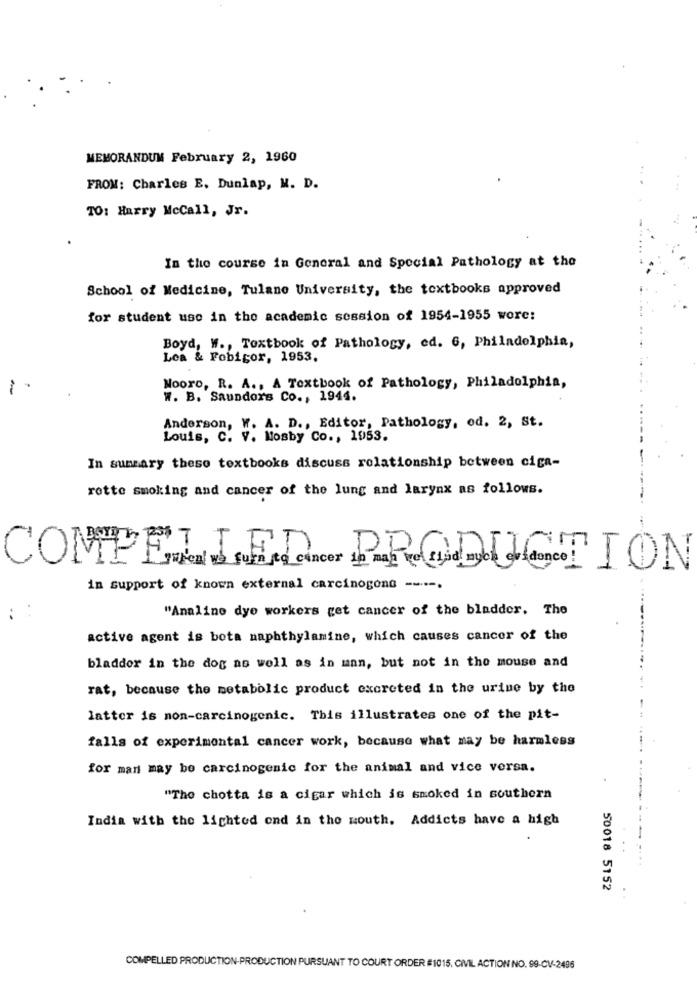
MEMORANDUM February 2, 1960
FROM: Charles E. Dunlap, M. D.
TO: Harry McCall, Jr.
In the course in General and Special Pathology at the
School of Medicine, Tulane University, the textbooks approved
for student use in the academic session of 1954-1955 wore:
Boyd, W ., Textbook of Pathology, ed. 6, Philadelphia,
Lea & Fobigor, 1953.
-
Nooro, R. A ., A Textbook of Pathology, Philadelphia,
W. B. Saunders Co ., 1944.
Anderson, W. A. D ., Editor, Pathology, od. 2, St.
Louis, C. V. Mosby Co ., 1953.
In summary these textbooks discuss relationship between ciga-
rotte smoking and cancer of the lung and larynx as follows.
COMPELLED. PRODUCTION
in support of known external carcinogone ----.
"Analino dye workers get cancer of the bladder. The
active agent is bota naphthylamine, which causes cancer of the
bladder in the dog as well as in unn, but not in the mouse and
rat, because the metabolic product excreted in the urine by the
latter is non-carcinogenic. This illustrates one of the pit-
falls of experimental cancer work, because what may be harmless
for man may be carcinogenic for the animal and vice versa.
"The chotta is a cigar which is smoked in southern
India with the lighted ond in the mouth. Addicts have a high
50018 5152
COMPELLED PRODUCTION-PRODUCTION PURSUANT TO COURT ORDER #1015, CIVIL ACTION NO. 99-CV-2496